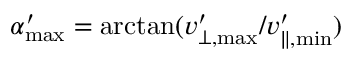
\alpha _ { \mathrm { m a x } } ^ { \prime } = \arctan ( v _ { \bot , \mathrm { { m a x } } } ^ { \prime } / v _ { \parallel , \mathrm { { m i n } } } ^ { \prime } )